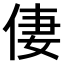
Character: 𠉯